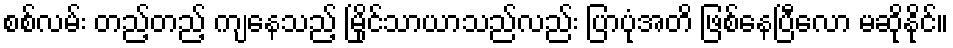
စစ်လမ်း တည့်တည့် ကျနေသည့် မြိုင်သာယာသည်လည်း ပြာပုံအတိ ဖြစ်နေပြီလော မဆိုနိုင်။